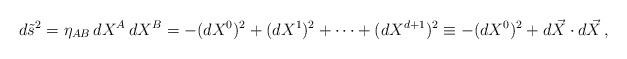
LaTeX: \begin{align*}d\tilde s^2 = \eta_{AB}\,dX^A\,dX^B= -(dX^0)^2 + (dX^1)^2 + \dots + (dX^{d+1})^2\equiv -(dX^0)^2 + d\vec X\cdot d\vec X\,,\end{align*}